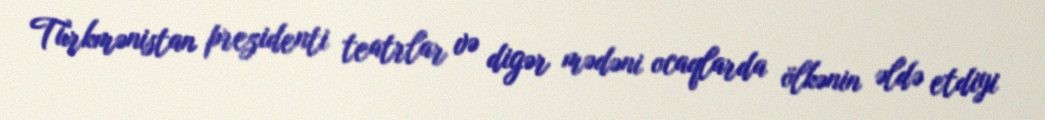
Türkmənistan prezidenti teatrlar və digər mədəni ocaqlarda ölkənin əldə etdiyi